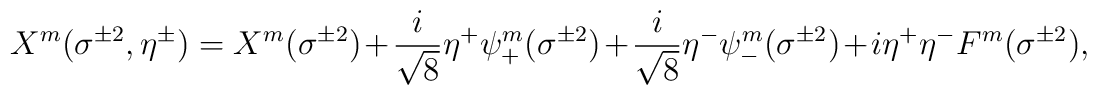
X^m(\sigma^{\pm2},\eta^{\pm})=X^m(\sigma^{\pm2})+\frac{i}{\sqrt{8}}\eta^+\psi^m_+(\sigma^{\pm2})+\frac{i}{\sqrt{8}}\eta^-\psi^m_-(\sigma^{\pm2})+i\eta^+\eta^-F^m(\sigma^{\pm2}),